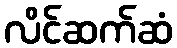
လိင်ဆက်ဆံ